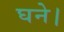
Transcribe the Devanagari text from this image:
घने।